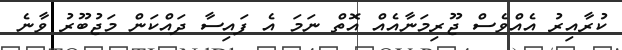
ކުރާއިރު އެއްވެސް ޖޫރިމަނާއެއް އޮތް ނަމަ އެ ފައިސާ ދައްކަން މަޖުބޫރު ވާނެ